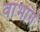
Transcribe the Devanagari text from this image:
वाभाग